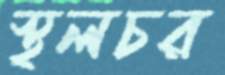
স্থলচর